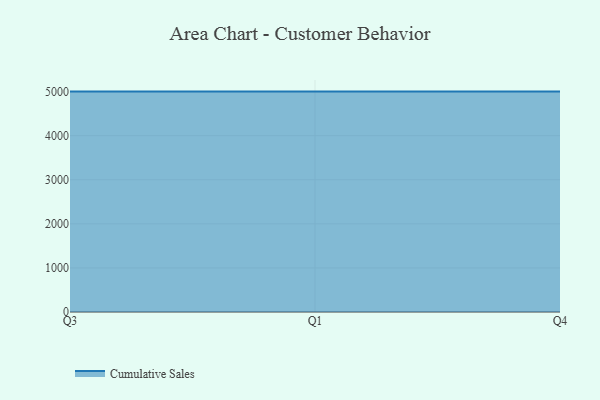
{"axis": {"x": "Quarter", "y": "Tickets Resolved"}, "legend": ["Cumulative Sales"], "data": [{"x": "Q3", "y": 5000, "type": "Cumulative Sales"}, {"x": "Q1", "y": 5000, "type": "Cumulative Sales"}, {"x": "Q4", "y": 5000, "type": "Cumulative Sales"}]}